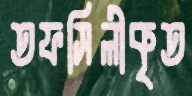
তফসিলীকৃত